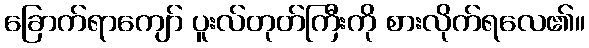
ခြောက်ရာကျော် ပူးလ်တုတ်ကြီးကို စားလိုက်ရလေ၏။